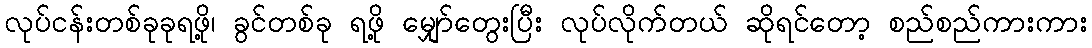
လုပ်ငန်းတစ်ခုခုရဖို့၊ ခွင်တစ်ခု ရဖို့ မျှော်တွေးပြီး လုပ်လိုက်တယ် ဆိုရင်တော့ စည်စည်ကားကား